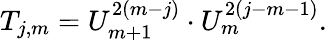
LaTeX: T_{j,m}=U_{m+1}^{2(m-j)}\cdot U_{m}^{2(j-m-1)}.